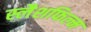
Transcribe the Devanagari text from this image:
स्लैशफिल्म